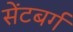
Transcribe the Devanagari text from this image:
सेंटबर्ग